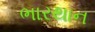
ભારથાન